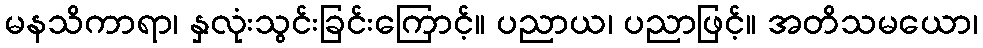
မနသိကာရာ၊ နှလုံးသွင်းခြင်းကြောင့်။ ပညာယ၊ ပညာဖြင့်။ အတိသမယော၊